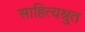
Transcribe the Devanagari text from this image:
साहित्यश्रुत